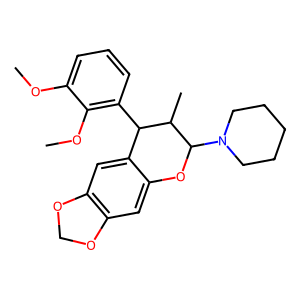
SMILES: COc1cccc(C2c3cc4c(cc3OC(N3CCCCC3)C2C)OCO4)c1OC
Inhibits HIV replication: No